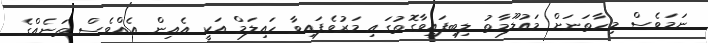
ނަމަވެސް މިހާތަނަށް މައުލޫމާތު ލިބިފައިވާގޮތުގައި މަރުވެފައިވާ ހައިލަމް އަކީ އެއިން އެއްވެސް ތަނެއްގެ